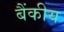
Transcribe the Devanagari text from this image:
बैंकीय